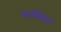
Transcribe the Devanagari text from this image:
वार्टसिला